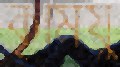
কৃমিযু